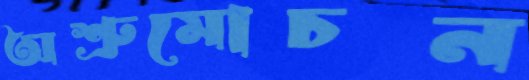
অশ্রুমোচন